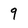
Character: 9